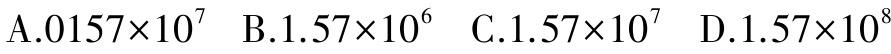
A.$0157\times10^{7}$ B.$1.57\times10^{6}$ C.$1.57\times10^{7}$ D.$1.57\times10^{8}$